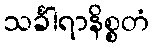
သင်္ခါရာနိစ္စတံ